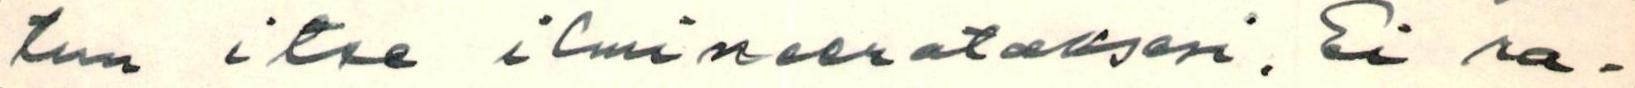
tun itse ilmineerataksesi. Ei ra-